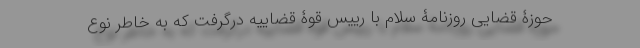
حوزۀ قضایی روزنامۀ سلام با رییس قوۀ قضاییه درگرفت که به خاطر نوع